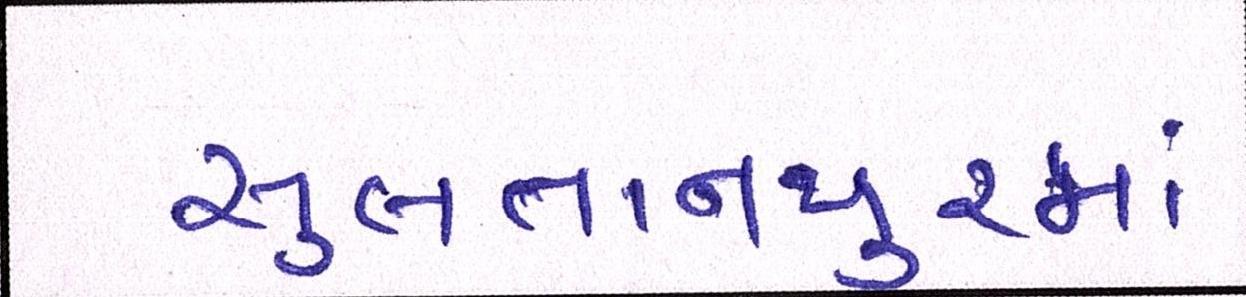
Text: સુલતાનપુરમાં